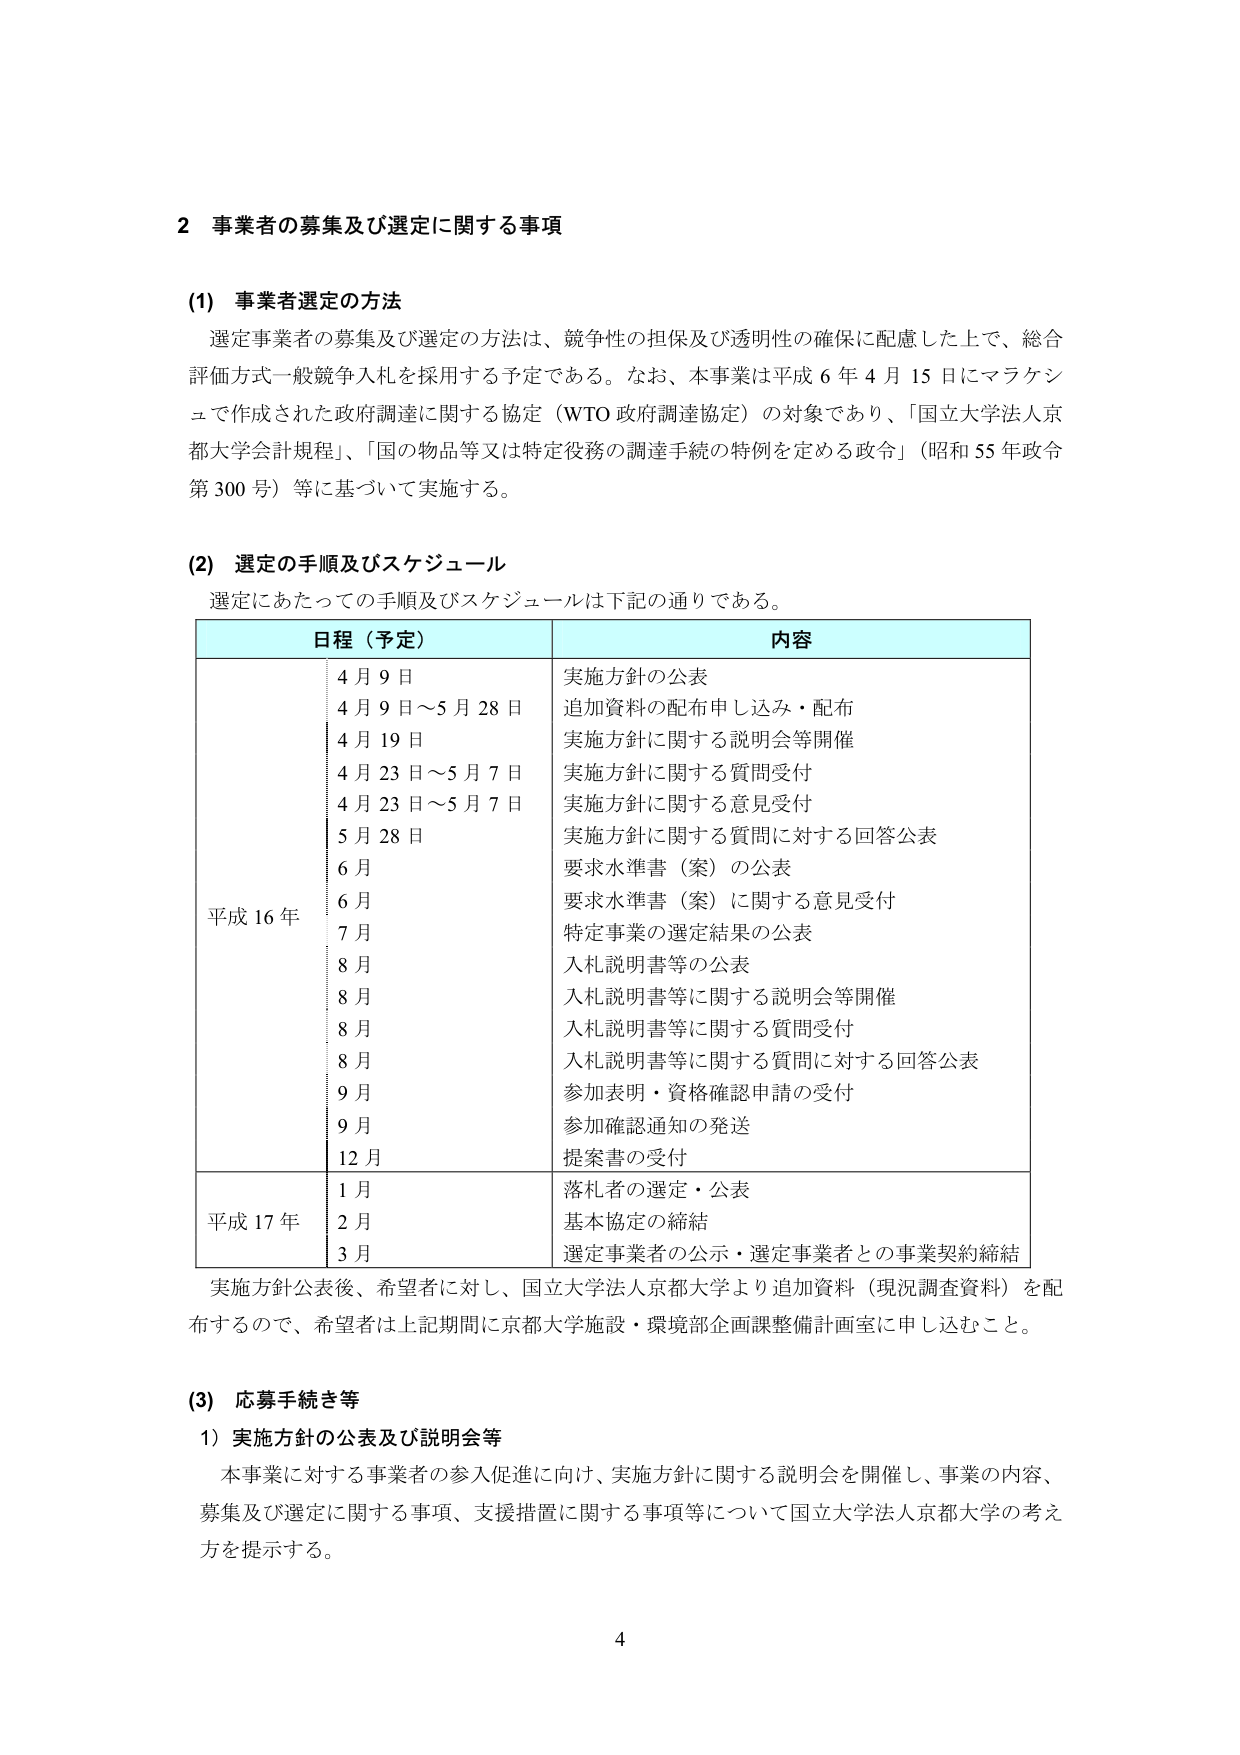
2 事業者の募集及び選定に関する事項

(1) 事業者選定の方法
選定事業者の募集及び選定の方法は、競争性の担保及び透明性の確保に配慮した上で、総合評価方式一般競争入札を採用する予定である。なお、本事業は平成6年4月15日にマラケシュで作成された政府調達に関する協定（WTO政府調達協定）の対象であり、「国立大学法人京都大学会計規程」、「国の物品等又は特定役務の調達手続の特例を定める政令」（昭和55年政令第300号）等に基づいて実施する。

(2) 選定の手順及びスケジュール
選定にあたっての手順及びスケジュールは下記の通りである。

日程（予定） 内容
平成16年 4月9日 実施方針の公表
4月9日～5月28日 追加資料の配布申し込み・配布
4月19日 実施方針に関する説明会等開催
4月23日～5月7日 実施方針に関する質問受付
4月23日～5月7日 実施方針に関する意見受付
5月28日 実施方針に関する質問に対する回答公表
6月 要求水準書（案）の公表
6月 要求水準書（案）に関する意見受付
7月 特定事業の選定結果の公表
8月 入札説明書等の公表
8月 入札説明書等に関する説明会等開催
8月 入札説明書等に関する質問受付
8月 入札説明書等に関する質問に対する回答公表
9月 参加表明・資格確認申請の受付
9月 参加確認通知の発送
12月 提案書の受付
平成17年 1月 落札者の選定・公表
2月 基本協定の締結
3月 選定事業者の公示・選定事業者との事業契約締結

実施方針公表後、希望者に対し、国立大学法人京都大学より追加資料（現況調査資料）を配布するので、希望者は上記期間に京都大学施設・環境部企画課整備計画室に申し込むこと。

(3) 応募手続き等
1）実施方針の公表及び説明会等
本事業に対する事業者の参入促進に向け、実施方針に関する説明会を開催し、事業の内容、募集及び選定に関する事項、支援措置に関する事項等について国立大学法人京都大学の考え方を提示する。

4